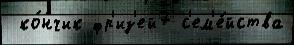
 ко́нчик фр'из'ей7 с'ем'е́йства